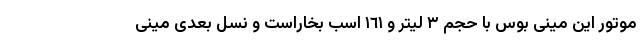
موتور این مینی بوس با حجم ٣ لیتر و ١٦١ اسب بخاراست و نسل بعدی مینی